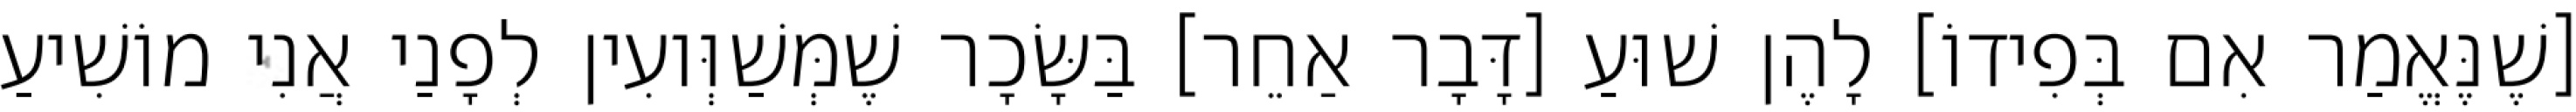
[שֶׁנֶּאֱמַר אִם בְּפִידוֹ] לָהֶן שׁוּעַ [דָּבָר אַחֵר] בַּשָּׂכָר שֶׁמְּשַׁוְּועִין לְפָנַי אֲנִי מוֹשִׁיעַ